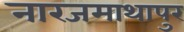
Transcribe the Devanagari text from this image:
नारजमाथापुर